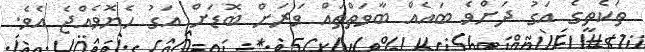
ތަކެތީގެ އަގު ދަށްވެ ބައެއް ބާވަތްތައް ވަރަށް ބޮޑަށް އަގު ހެޔޮވެއްޖެ އެވެ.